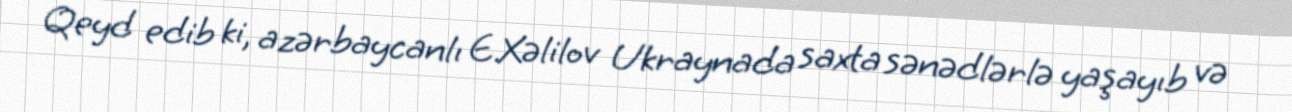
Qeyd edib ki, azərbaycanlı E.Xəlilov Ukraynada saxta sənədlərlə yaşayıb və